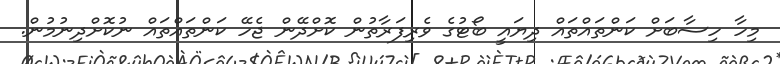
މިހާ ހިސާބަށް ކަންތައްތައް ދިޔައީ ބޯޓުގެ ވެރިފަރާތުން ކޮށްދޭން ޖެހޭ ކަންތައްތައް ނުކޮށްދިނުމުން.